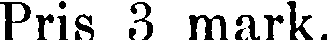
Pris 3 mark.